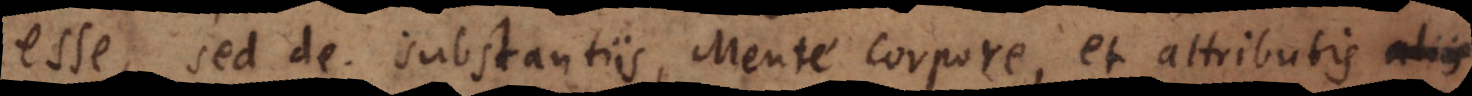
esse, sed de substantiis, Mente Corpore, et attributis aliis